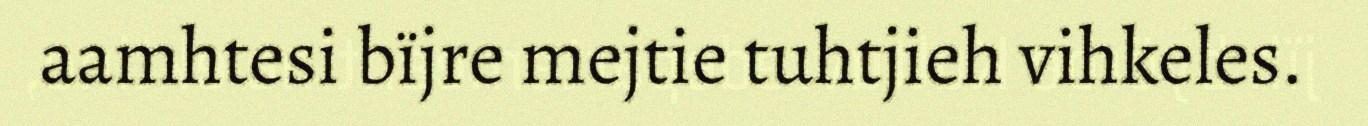
aamhtesi bïjre mejtie tuhtjieh vihkeles.